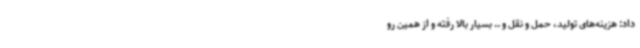
داد: هزینه‌های تولید، حمل و نقل و .. بسیار بالا رفته و از همین رو